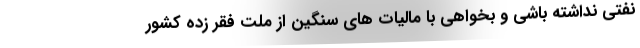
نفتی نداشته باشی و بخواهی با مالیات های سنگین از ملت فقر زده کشور